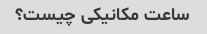
ساعت مکانیکی چیست؟